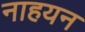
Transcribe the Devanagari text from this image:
नाहयन